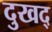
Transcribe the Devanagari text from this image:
दुखद्